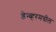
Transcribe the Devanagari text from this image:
डेन्व्हरमधील